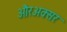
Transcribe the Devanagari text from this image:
औरअक्सर